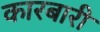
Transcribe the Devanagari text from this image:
कारबारी